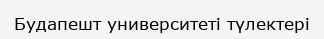
Будапешт университеті түлектері